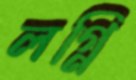
লগ্নি